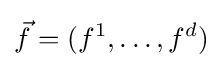
{\vec {f}}=(f^{1},\ldots ,f^{d})